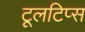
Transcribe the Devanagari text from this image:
टूलटिप्स